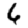
Digit: 6